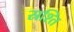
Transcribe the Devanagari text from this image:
स्रश्ति